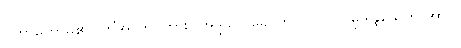
ဟောတော်မူ၏။ ကိံအာဟ၊ ကား။ အဒ္ဒသာ ခေါ ဘဂဝါ။ လ။ မုဒိန္ဒြိယေတိ အာဒိ၊